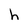
Character: h